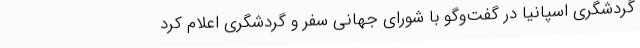
گردشگری اسپانیا در گفت‌وگو با شورای جهانی سفر و گردشگری اعلام کرد